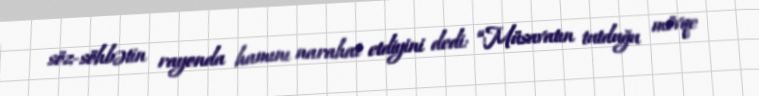
söz-söhbətin rayonda hamını narahat etdiyini dedi: “Müsavatın tutduğu mövqe